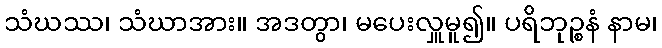
သံဃဿ၊ သံဃာအား။ အဒတွာ၊ မပေးလှူမူ၍။ ပရိဘုဉ္စနံ နာမ၊